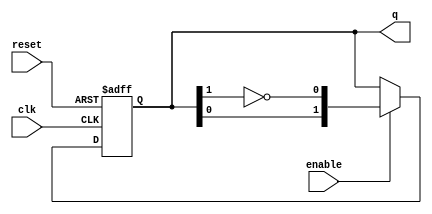
module modified_johnson_counter #(
    parameter N = 2  // Number of bits in the counter (can be changed as needed)
)(
    input wire clk,       // Clock signal
    input wire reset,     // Reset signal
    input wire enable,    // Enable signal
    output reg [N-1:0] q // Output of the counter
);

    // Internal signal for feedback
    wire feedback;

    // Feedback is the inverted output of the last flip-flop
    assign feedback = ~q[N-1];

    always @(posedge clk or posedge reset) begin
        if (reset) begin
            // Initialize the counter to 0 on reset
            q <= 0;
        end else if (enable) begin
            // Modified Johnson Counter logic
            // Shift the current state and apply feedback
            q <= {q[N-2:0], feedback};
        end
    end

endmodule